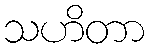
သဟိတာ